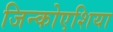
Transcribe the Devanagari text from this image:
जिन्कोएशिया